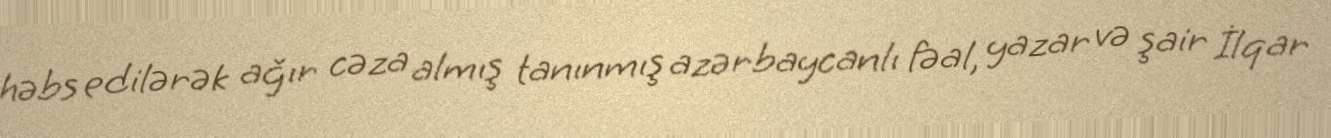
həbs edilərək ağır cəza almış tanınmış azərbaycanlı fəal, yazar və şair İlqar